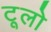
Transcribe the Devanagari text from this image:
टूलो